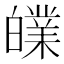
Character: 𤾧